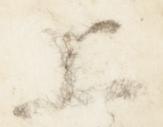
上